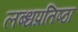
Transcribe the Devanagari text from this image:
लब्धप्रतिष्ठा